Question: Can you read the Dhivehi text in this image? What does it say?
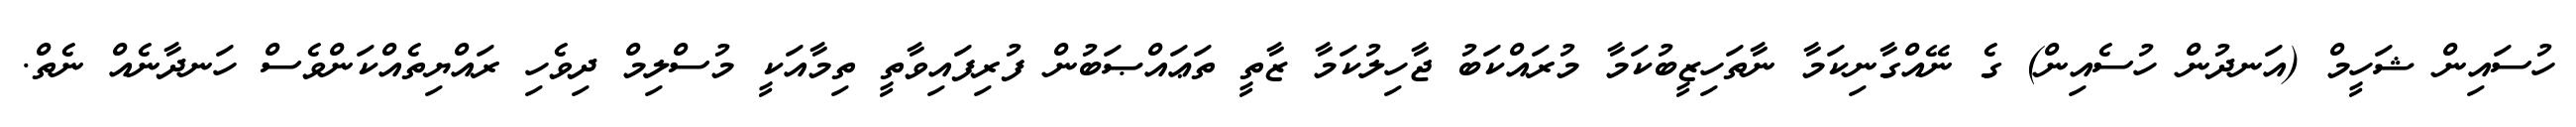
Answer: ހުސައިން ޝަހީމް (އަނދުން ހުސެއިން) ގެ ނޭއްގާނިކަމާ ނާތަހިޒީބުކަމާ މުރައްކަބު ޖާހިލުކަމާ ޒާތީ ތަޢައްޞަބުން ފުރިފައިވާތީ ތިމާއަކީ މުސްލިމް ދިވެހި ރައްޔިތެއްކަންވެސް ހަނދާނެއް ނެތް.